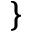
\}